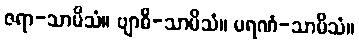
ဇရာ-သာမိသံ။ ဗျာဓိ-သာမိသံ။ မရဏံ-သာမိသံ။